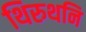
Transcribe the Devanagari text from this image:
थिरुथनि